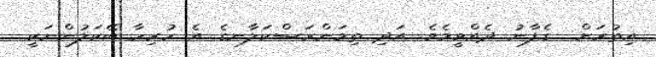
އިތުރަށް  ގެފާނު ދެއްވީމެވެ. އަދި ތިމަންރަސްކަލާނގެ އެ ހުރިހާ ބޭކަލުންނަކީ